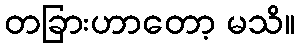
တခြားဟာတော့ မသိ။